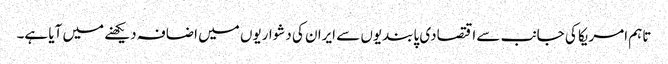
تاہم امریکا کی جانب سے اقتصادی پابندیوں سے ایران کی دشواریوں میں اضافہ دیکھنے میں آیا ہے۔